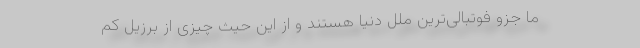
ما جزو فوتبالی‌ترین ملل دنیا هستند و از این حیث چیزی از برزیل کم